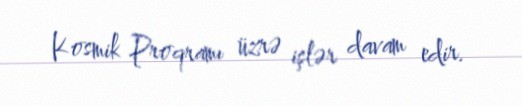
Kosmik Proqramı üzrə işlər davam edir.